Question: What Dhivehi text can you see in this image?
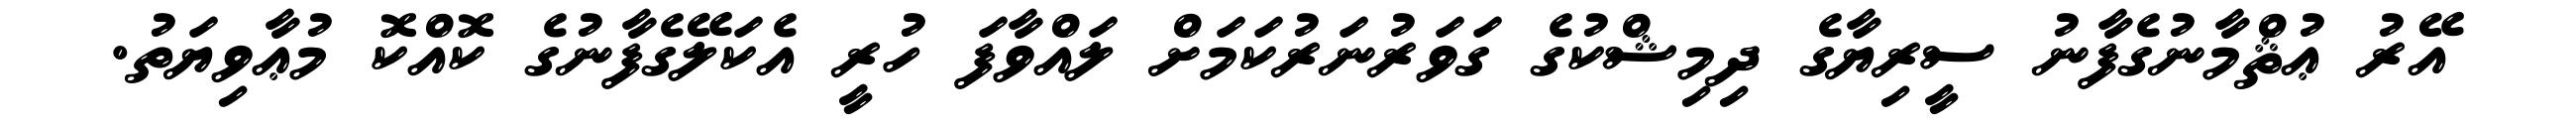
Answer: އޭރު ޢުޘްމާނުގެފާނު ސީރިޔާގެ ދިމިޝްކުގެ ގަވަރުނަރުކަމަށް ލައްވާފަ ހުރީ އެކަލޭގެފާނުގެ ކޮއްކޮ މުޢާވިޔަތު.